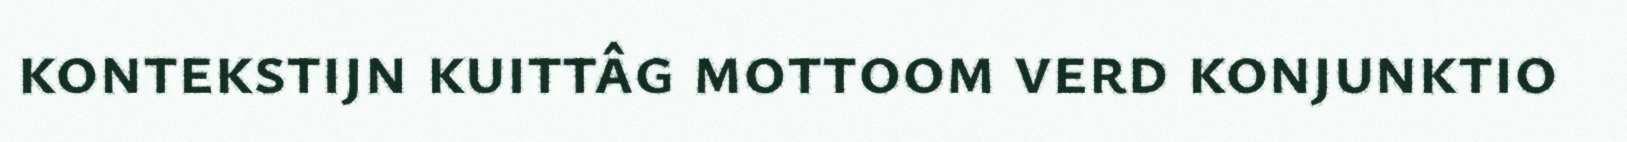
kontekstijn kuittâg mottoom verd konjunktio